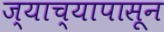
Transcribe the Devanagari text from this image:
ज्याच्यापासून